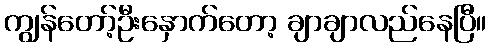
ကျွန်တော့်ဦးနှောက်တော့ ချာချာလည်နေပြီ။